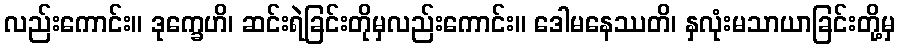
လည်းကောင်း။ ဒုက္ခေဟိ၊ ဆင်းရဲခြင်းတိုမှလည်းကောင်း။ ဒေါမနေဿတိ၊ နှလုံးမသာယာခြင်းတို့မှ